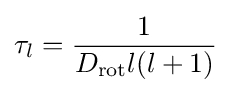
\tau _{l}={\frac {1}{D_{\mathrm {rot} }l(l+1)}}